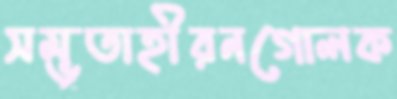
সম্ভূতাহীরনগোলক